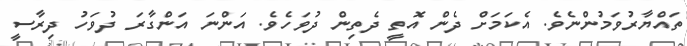
ތައްޔާރުވަމުންނެވެ. އެކަމަށް ދެން އޮތީ ދެތިން ދުވަހެވެ. އަންނަ އަންގާރަ ދުވަހު ދިރާސީ